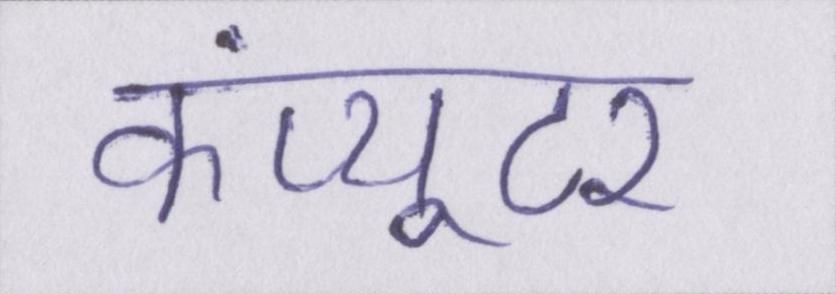
कंप्यूटर